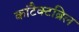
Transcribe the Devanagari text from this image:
कांटैक्टब्रिल